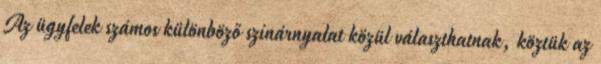
Az ügyfelek számos különböző színárnyalat közül választhatnak, köztük az